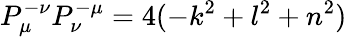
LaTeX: P_{\mu}^{-\nu}P_{\nu}^{-\mu}=4(-k^{2}+l^{2}+n^{2})